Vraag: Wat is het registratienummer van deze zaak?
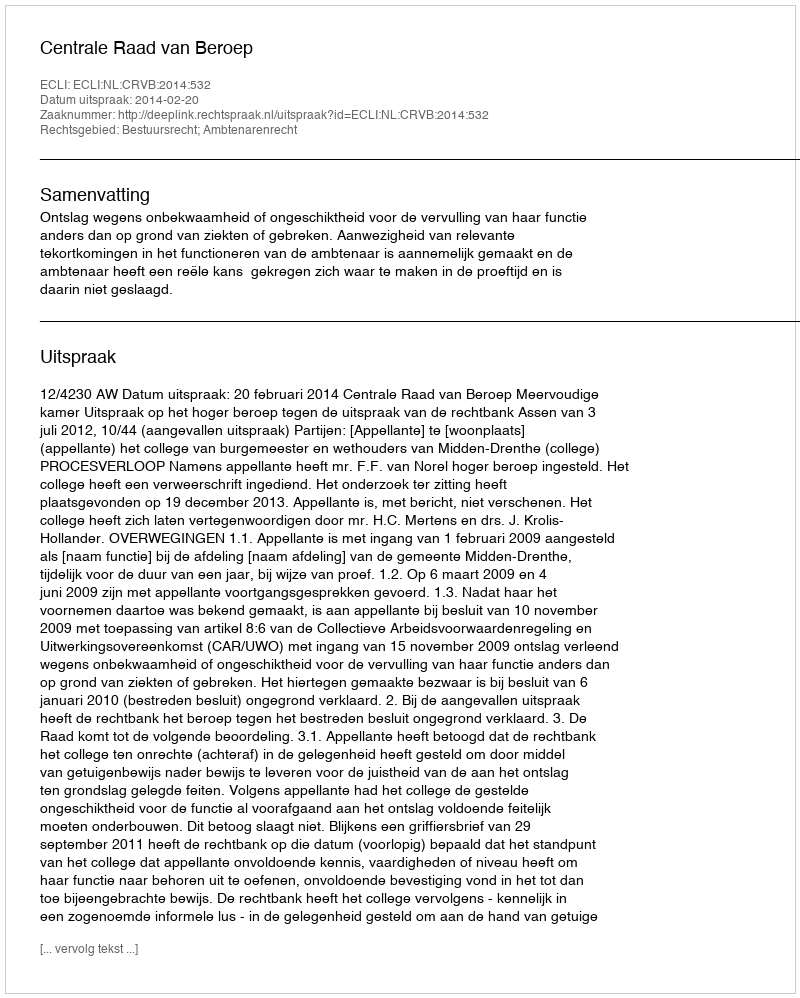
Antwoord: http://deeplink.rechtspraak.nl/uitspraak?id=ECLI:NL:CRVB:2014:532